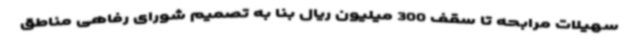
سهیلات مرابحه تا سقف 300 میلیون ریال بنا به تصمیم شورای رفاهی مناطق